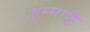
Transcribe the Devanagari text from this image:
कुम्माट्टि